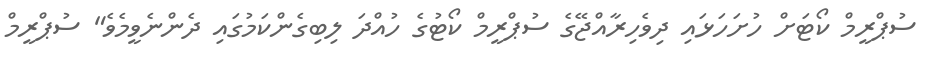
ސުޕްރީމް ކޯޓަށް ހުށަހަޅައި ދިވެހިރާއްޖޭގެ ސުޕްރީމް ކޯޓުގެ ހުއްދަ ލިބިގެންކަމުގައި ދެންނެވީމެވެ" ސުޕްރީމް